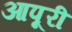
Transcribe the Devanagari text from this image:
आपूरी